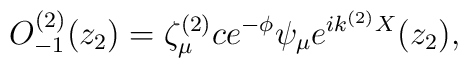
O^{(2)}_{-1}(z_2)=\zeta ^{(2)}_{\mu}ce^{-\phi}\psi_{\mu}e^{ik^{(2)}X}(z_2),